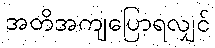
အတိအကျပြောရလျှင်